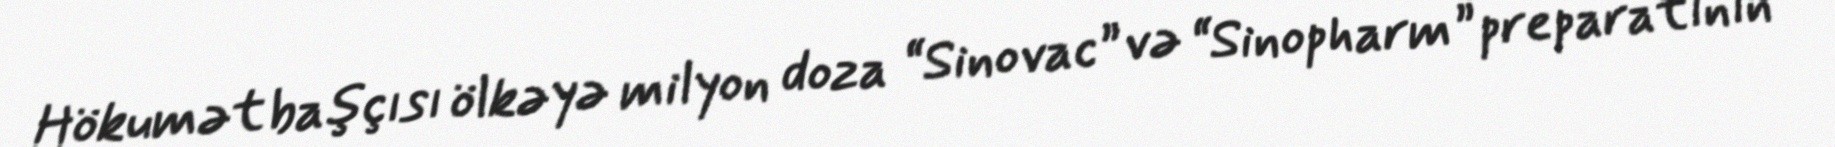
Hökumət başçısı ölkəyə milyon doza “Sinovac” və “Sinopharm” preparatının